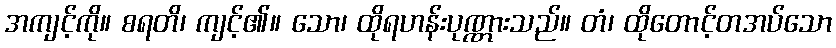
အကျင့်ကို။ စရတိ၊ ကျင့်၏။ သော၊ ထိုရဟန်းပုဏ္ဏားသည်။ တံ၊ ထိုတောင့်တအပ်သော